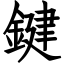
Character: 鍵